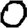
Digit: 0